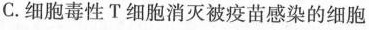
C.细胞毒性T细胞消灭被疫苗感染的细胞